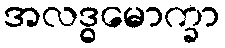
အလဒ္ဓမောက္ခာ